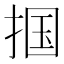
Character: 掴